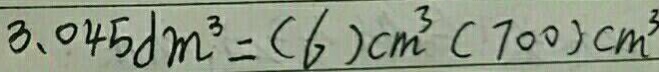
3 . 0 4 5 d m ^ { 3 } = ( 6 ) c m ^ { 3 } ( 7 0 0 ) c m ^ { 3 }